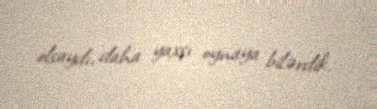
olsaydı, daha yaxşı oynaya bilərdik.